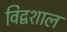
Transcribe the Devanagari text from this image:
विद्वशाल